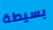
بسيطة